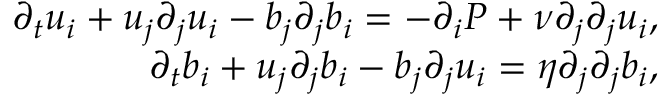
\begin{array} { r } { \partial _ { t } u _ { i } + u _ { j } \partial _ { j } u _ { i } - b _ { j } \partial _ { j } b _ { i } = - \partial _ { i } P + \nu \partial _ { j } \partial _ { j } u _ { i } , } \\ { \partial _ { t } b _ { i } + u _ { j } \partial _ { j } b _ { i } - b _ { j } \partial _ { j } u _ { i } = \eta \partial _ { j } \partial _ { j } b _ { i } , } \end{array}